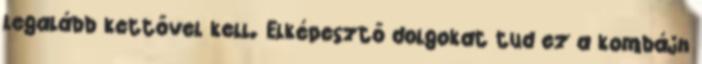
legalább kettővel kell. Elképesztő dolgokat tud ez a kombájn